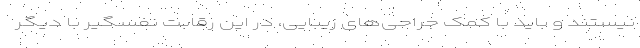
نیستند و باید با کمک جراحی‌های زیبایی، در این رقابت نفسگیر با دیگر